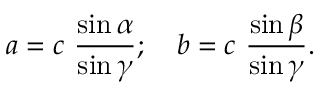
a = c \ { \frac { \sin \alpha } { \sin \gamma } } ; \quad b = c \ { \frac { \sin \beta } { \sin \gamma } } .